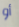
أو